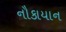
નૌકાયાન